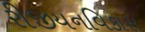
રીજીયનવિકાસ